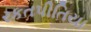
રકતપીતિયા